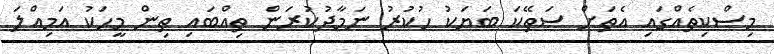
މިސްކިތެއްގައި އެތަށް ސަތޭކަ ބަޔަކު ހުކުރު ނަމާދުކުރަން ތިއްބައި ތިން މީހަކު އަމިއްލަ